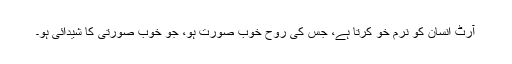
آرٹ انسان کو نرم خو کرتا ہے، جس کی روح خوب صورت ہو، جو خوب صورتی کا شیدائی ہو۔